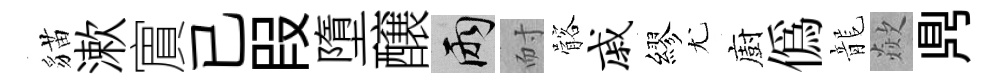
貓漱賔已叚墮醸兩耐髂戚繆尤廚僞龍歘𪔂